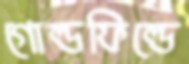
গোল্ডফিল্ডে